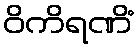
ဝိကိရဏိံ